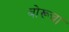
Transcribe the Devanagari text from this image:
बोरूचा